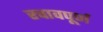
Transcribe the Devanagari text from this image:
रचावपूर्ण